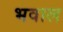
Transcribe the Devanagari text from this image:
भवाल